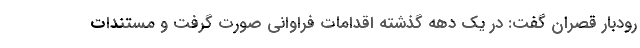
رودبار قصران گفت: در یک دهه گذشته اقدامات فراوانی صورت گرفت و مستندات